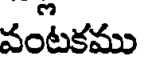
వంటకము